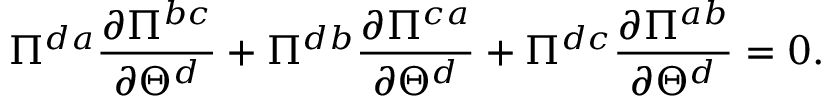
\Pi ^ { d a } \frac { \partial \Pi ^ { b c } } { \partial \Theta ^ { d } } + \Pi ^ { d b } \frac { \partial \Pi ^ { c a } } { \partial \Theta ^ { d } } + \Pi ^ { d c } \frac { \partial \Pi ^ { a b } } { \partial \Theta ^ { d } } = 0 .